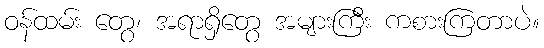
ဝန်ထမ်း တွေ၊ အရာရှိတွေ အများကြီး ကစားကြတာပဲ။